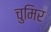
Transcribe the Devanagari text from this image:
चुमिर